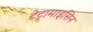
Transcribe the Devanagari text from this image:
टेट्रामाइसिन